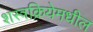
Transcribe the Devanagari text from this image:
शस्त्रक्रियेमधील